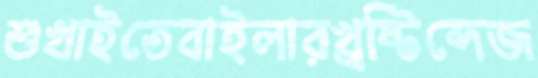
শুখাইতেবাইলারখ্রষ্টিব্দেজ